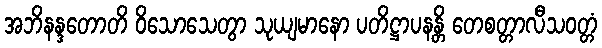
အဘိနန္ဒတောတိ ဝိသောသေတွာ သုယျမာနော ပတိဋ္ဌာပနန္တိ တေစတ္တာလီသဝတ္တံ